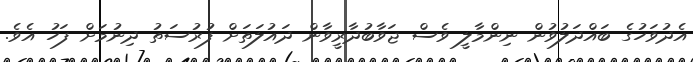
އެދުވަހުގެ ބައްދަލުވުން ނިންމާލީ ވެސް ޖަވާބުދާރީވާން ދައުލަތަށް ފުރުސަތު ދިނުމަށް ފަހު އެވެ.